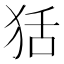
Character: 狧